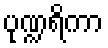
ပုဏ္ဍရိကာ